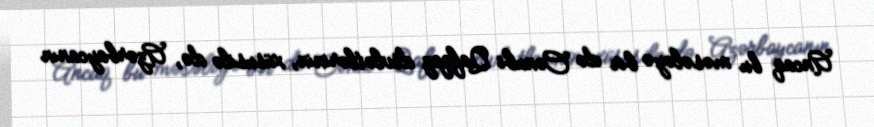
Ancaq bu məsələyə bir də Cənubi Qafqaz dövlətlərinin, xüsusilə də, Azərbaycanın